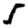
Digit: 5